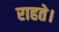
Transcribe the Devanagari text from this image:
राहते।